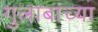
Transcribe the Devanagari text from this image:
गुलाबांच्या